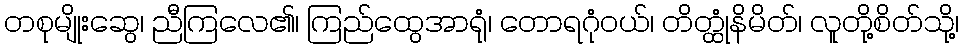
တစုမျိုးဆွေ၊ ညီကြလေ၏၊ ကြည်ထွေအာရုံ၊ တောရဂုံဝယ်၊ တိတ္ထုံနိမိတ်၊ လူတို့စိတ်သို့၊